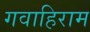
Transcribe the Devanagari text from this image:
गवाहिराम